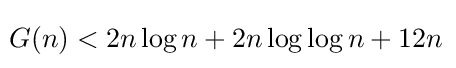
\!G(n)<2n\log n+2n\log \log n+12n